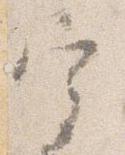
宰